画像に写った文字を読んでください
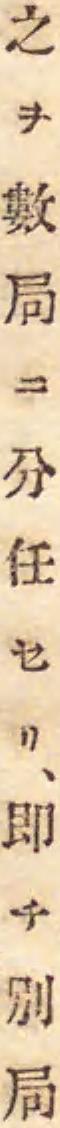
「之ヲ數局ニ分任セリ、即チ別局」と書いてあります